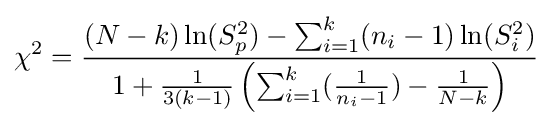
\chi ^{2}={\frac {(N-k)\ln(S_{p}^{2})-\sum _{i=1}^{k}(n_{i}-1)\ln(S_{i}^{2})}{1+{\frac {1}{3(k-1)}}\left(\sum _{i=1}^{k}({\frac {1}{n_{i}-1}})-{\frac {1}{N-k}}\right)}}